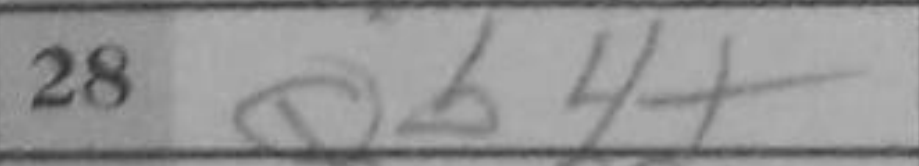
Transcription: Qb4+